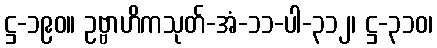
ဋ္ဌ-၁၉၀။ ဥဗ္ဗာဟိကသုတ်-အံ-၁၁-ပါ-၃၁၂၊ ဋ္ဌ-၃၁၀၊